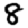
Digit: 8